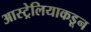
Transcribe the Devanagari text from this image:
आस्ट्रेलियाकडून